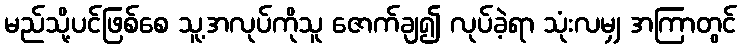
မည်သို့ပင်ဖြစ်စေ သူ့အလုပ်ကိုသူ ဇောက်ချ၍ လုပ်ခဲ့ရာ သုံးလမျှ အကြာတွင်